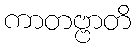
ကာတဗ္ဗာတိ